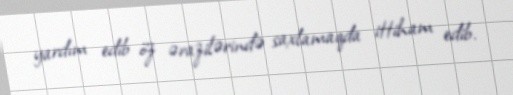
yardım edib öz ərazilərində saxlamaqda ittiham edib.